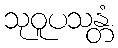
သုဝူပသန္တံ